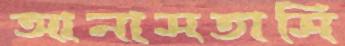
আনাসতাসি